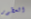
العطور